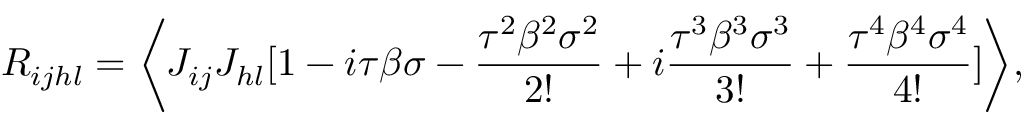
R _ { i j h l } = \biggl \langle J _ { i j } J _ { h l } [ 1 - i \tau \beta \sigma - \frac { \tau ^ { 2 } \beta ^ { 2 } \sigma ^ { 2 } } { 2 ! } + i \frac { \tau ^ { 3 } \beta ^ { 3 } \sigma ^ { 3 } } { 3 ! } + \frac { \tau ^ { 4 } \beta ^ { 4 } \sigma ^ { 4 } } { 4 ! } ] \biggl \rangle ,